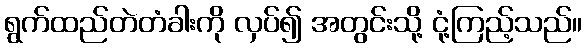
ရွက်ထည်တဲတံခါးကို လှပ်၍ အတွင်းသို့ ငုံ့ကြည့်သည်။